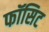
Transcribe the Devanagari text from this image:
फॉसिट